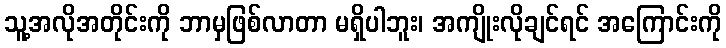
သူ့အလိုအတိုင်းကို ဘာမှဖြစ်လာတာ မရှိပါဘူး၊ အကျိုးလိုချင်ရင် အကြောင်းကို